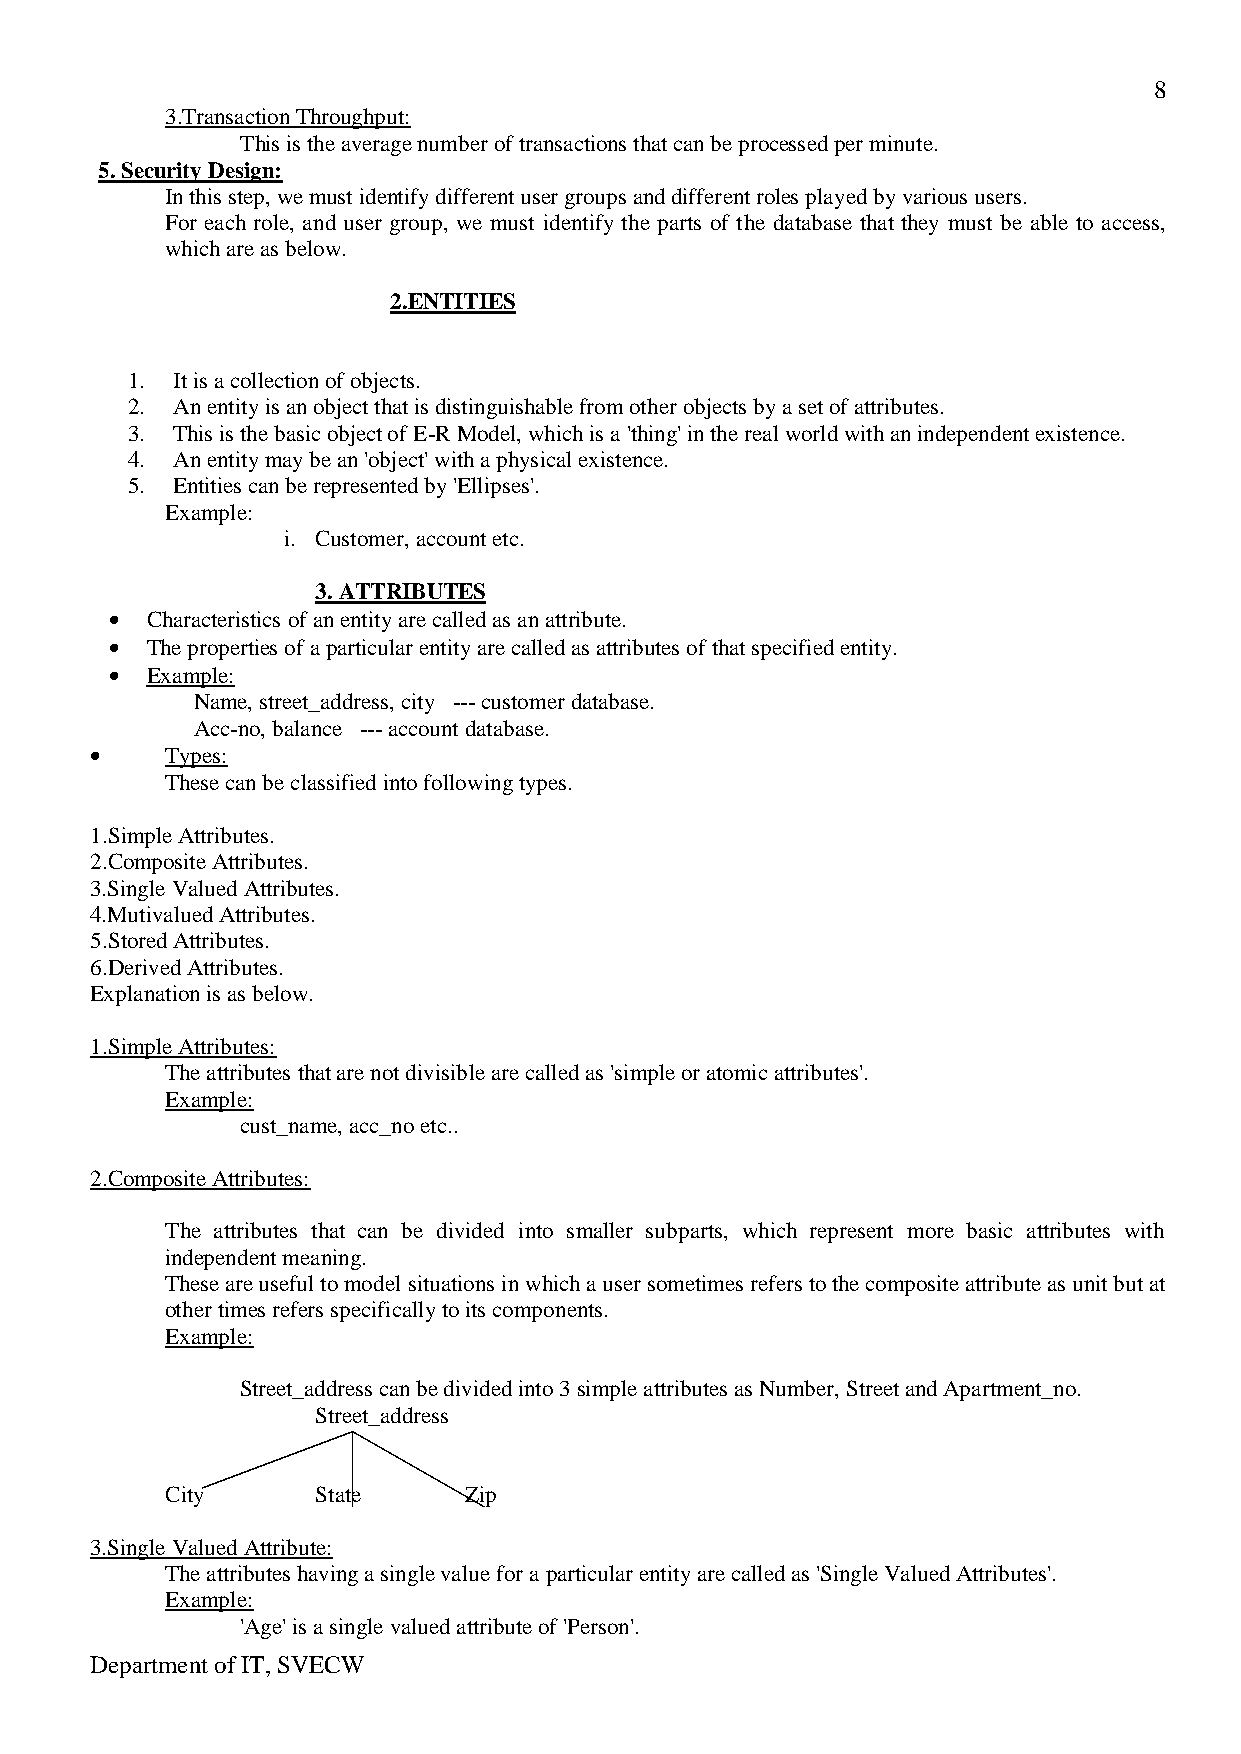
8
 3.Transaction Throughput:
 This is the average number of transactions that can be processed per minute.
 5. Security Design:
 In this step, we must identify different user groups and different roles played by various users.
 For each role, and user group, we must identify the parts of the database that they must be able to access,
 which are as below.
 2.ENTITIES
 1. It is a collection of objects.
 2. An entity is an object that is distinguishable from other objects by a set of attributes.
 3. This is the basic object of E-R Model, which is a 'thing' in the real world with an independent existence.
 4. An entity may be an 'object' with a physical existence.
 5. Entities can be represented by 'Ellipses'.
 Example:
 i. Customer, account etc.
 3. ATTRIBUTES
 Characteristics of an entity are called as an attribute.
 The properties of a particular entity are called as attributes of that specified entity.
 Example:
 Name, street_address, city --- customer database.
 Acc-no, balance --- account database.
 Types:
 These can be classified into following types.
 1.Simple Attributes.
 2.Composite Attributes.
 3.Single Valued Attributes.
 4.Mutivalued Attributes.
 5.Stored Attributes.
 6.Derived Attributes.
 Explanation is as below.
 1.Simple Attributes:
 The attributes that are not divisible are called as 'simple or atomic attributes'.
 Example:
 cust_name, acc_no etc..
 2.Composite Attributes:
 The attributes that can be divided into smaller subparts, which represent more basic attributes with
 independent meaning.
 These are useful to model situations in which a user sometimes refers to the composite attribute as unit but at
 other times refers specifically to its components.
 Example:
 Street_address can be divided into 3 simple attributes as Number, Street and Apartment_no.
 Street_address
 City      State     Zip
 3.Single Valued Attribute:
 The attributes having a single value for a particular entity are called as 'Single Valued Attributes'.
 Example:
 'Age' is a single valued attribute of 'Person'.
 Department of IT, SVECW